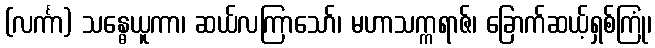
(လင်္ကာ) သန္ဓေယူကာ၊ ဆယ်လကြာသော်၊ မဟာသက္ကရာဇ်၊ ခြောက်ဆယ့်ရှစ်ကြုံ၊